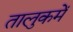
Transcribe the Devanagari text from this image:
तालुकमें